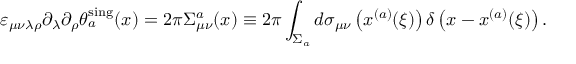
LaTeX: \varepsilon _ { \mu \nu \lambda \rho } \partial _ { \lambda } \partial _ { \rho } \theta _ { a } ^ { \mathrm { s i n g } } ( x ) = 2 \pi \Sigma _ { \mu \nu } ^ { a } ( x ) \equiv 2 \pi \int _ { \Sigma _ { a } } ^ { } d \sigma _ { \mu \nu } \left( x ^ { ( a ) } ( \xi ) \right) \delta \left( x - x ^ { ( a ) } ( \xi ) \right) .